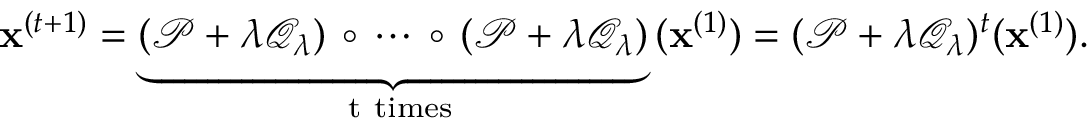
\mathbf { x } ^ { ( t + 1 ) } = \underset { \mathrm { ~ t ~ t i m e s } } { \underbrace { ( \mathcal { P } + \lambda \mathcal { Q } _ { \lambda } ) \, \circ \, \cdots \, \circ \, ( \mathcal { P } + \lambda \mathcal { Q } _ { \lambda } ) } } \, ( \mathbf { x } ^ { ( 1 ) } ) = ( \mathcal { P } + \lambda \mathcal { Q } _ { \lambda } ) ^ { t } ( \mathbf { x } ^ { ( 1 ) } ) .